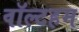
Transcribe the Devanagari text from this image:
वॉल्टहम